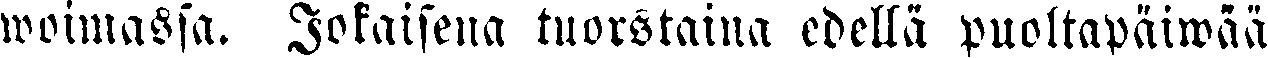
woimassa. Jokaisena tuorstaina edellä puoltapäiwaä